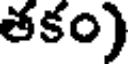
తకం)